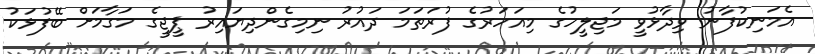
އެމަނިކުފާނު ވިދާޅުވީ މަޖިލީހުގެ މިއަހަރުގެ ފުރަތަމަ ދައުރު ނިމިގެންދިޔައިރު ޕީޖީގެ މަގާމަށް ބޭފުޅަކު